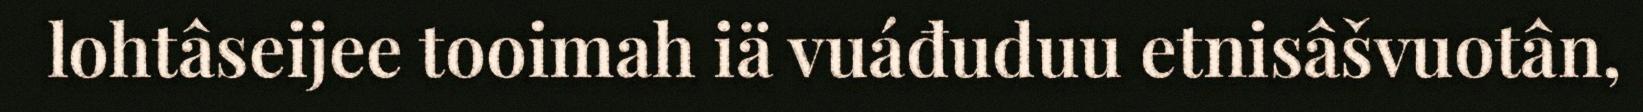
lohtâseijee tooimah iä vuáđuduu etnisâšvuotân,